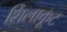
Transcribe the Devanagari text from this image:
शिलाकूट